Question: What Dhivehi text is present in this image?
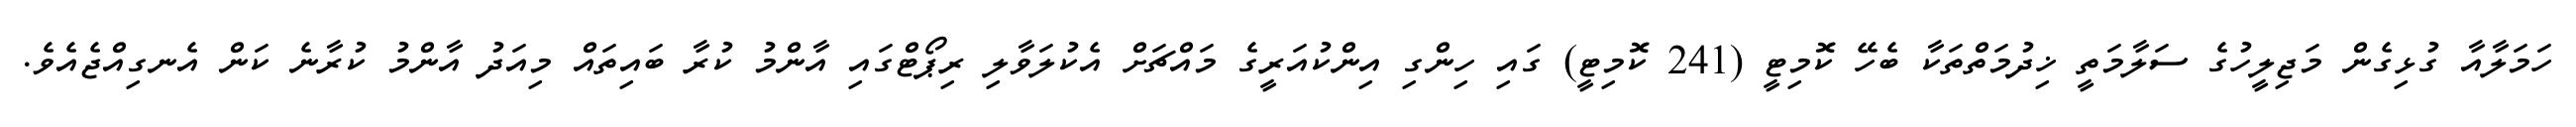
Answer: ހަމަލާއާ ގުޅިގެން މަޖިލީހުގެ ސަލާމަތީ ޚިދުމަތްތަކާ ބެހޭ ކޮމިޓީ (241 ކޮމިޓީ) ގައި ހިންގި އިންކުއަރީގެ މައްޗަށް އެކުލަވާލި ރިޕޯޓްގައި އާންމު ކުރާ ބައިތައް މިއަދު އާންމު ކުރާނެ ކަން އެނގިއްޖެއެވެ.